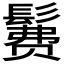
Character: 𱆄